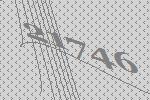
21746